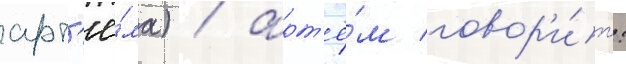
арт'ё́ма) / арт'ё́м говор'и́т: